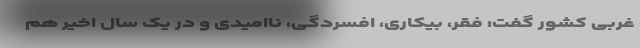
غربی کشور گفت: فقر، بیکاری، افسردگی، ناامیدی و در یک سال اخیر هم